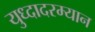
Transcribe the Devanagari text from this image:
युध्दादरम्यान